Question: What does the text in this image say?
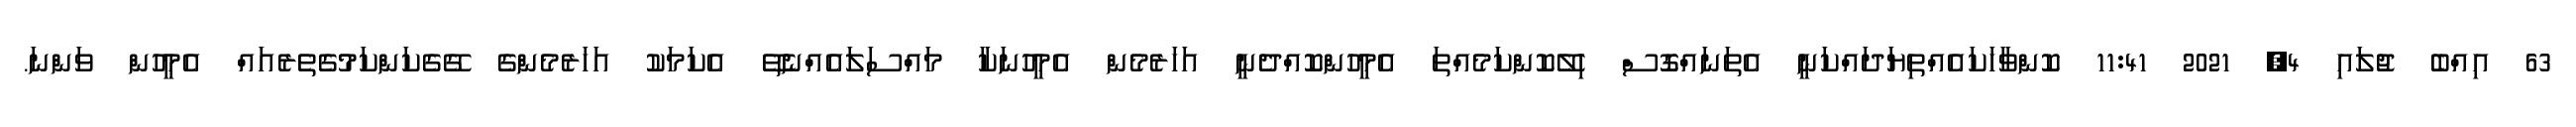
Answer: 63 އިއްބެ ޖުލައި 4, 2021 11:41 ކޮންވާހަކައެއްތިޔަދައްކަނީ އެތަނައްގޮސް ހިލޭކޮންކަމެއްތަ އެމީހުންކޮއްދެނީ އަހަރެމެން އެމީހުނަކާ މައްސަލައެއްނެތޭ އެކަމަކު އަހަރެމެންގެ ގޭގެކަންކަމުގެތެރެއައް އެމީހުން ވަންނަ.